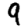
Digit: 9